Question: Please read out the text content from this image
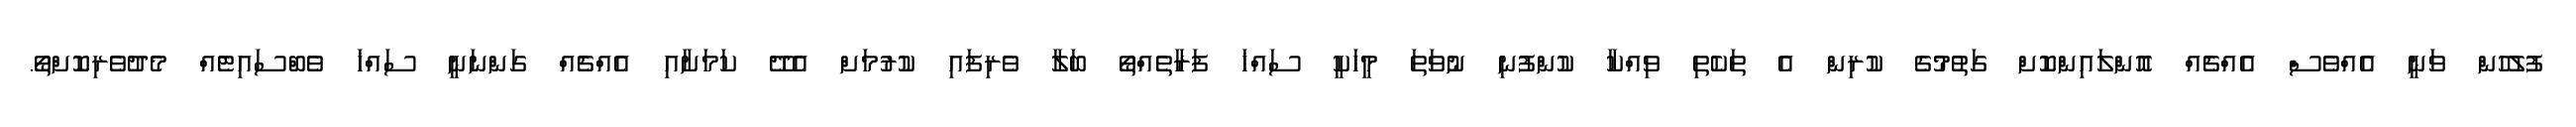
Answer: ފުލުހުން ވަނީ އެއްވެސް އެއްޗެއް އޮންލައިންކޮށް ގަތުމުގެ ކުރިން އެ ތަކެތި ވިއްކާ ކުންފުނި ނުވަތަ މީހަކީ ސައްޚަ ފަރާތެއްތޯ ބަލާ ވެރިފައި ކުރުމަށް އެދޭ ކަމަށާއި އެއްޗެއް ގަންނަނީ ސައްޚަ ވެބްސައިޓެއް މެދުވެރިކޮށްތޯ.